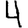
Digit: 4